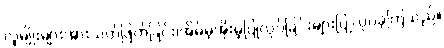
လူမျိုးများအားသတ်ဖြတ်ခြင်း၊အိမ်မဲ့အိုးမဲ့ပြုလုပ်ခြင်းများပြုလုပ်ခဲ့ကြသည်။